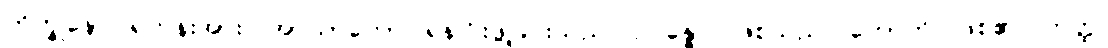
ဘိက္ခုနော၊ ရဟန်းအား။ အာဃာတော၊ ရန်ငြိုးဖွဲ့ခြင်းသည်။ ဥပ္ပန္နော၊ ဖြစ်သည်။ ဟောတိ၊ ဖြစ်၏။ တတ္ထ၊